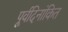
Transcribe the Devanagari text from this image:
पूर्वदिनांकित